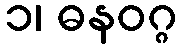
၁၊ ဓနဝဂ္ဂ